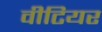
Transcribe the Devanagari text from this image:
वीटियर